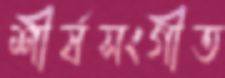
শীর্ষসংগীত